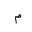
Letter: _mim